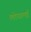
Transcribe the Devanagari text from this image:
लोधामई